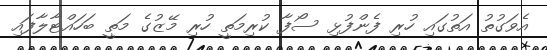
އެވަގުތު އަތުގައި ހުރި ފެންފުޅި ސޯފާ ކުރިމަތީ ހުރި މޭޒުގެ މަތީ ބަހައްޓާލާފައި